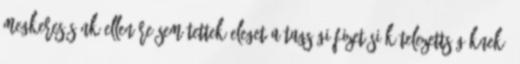
megkeresésünk ellenére sem tettek eleget a tagsági fizetési kötelezettségüknek,